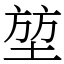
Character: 堃